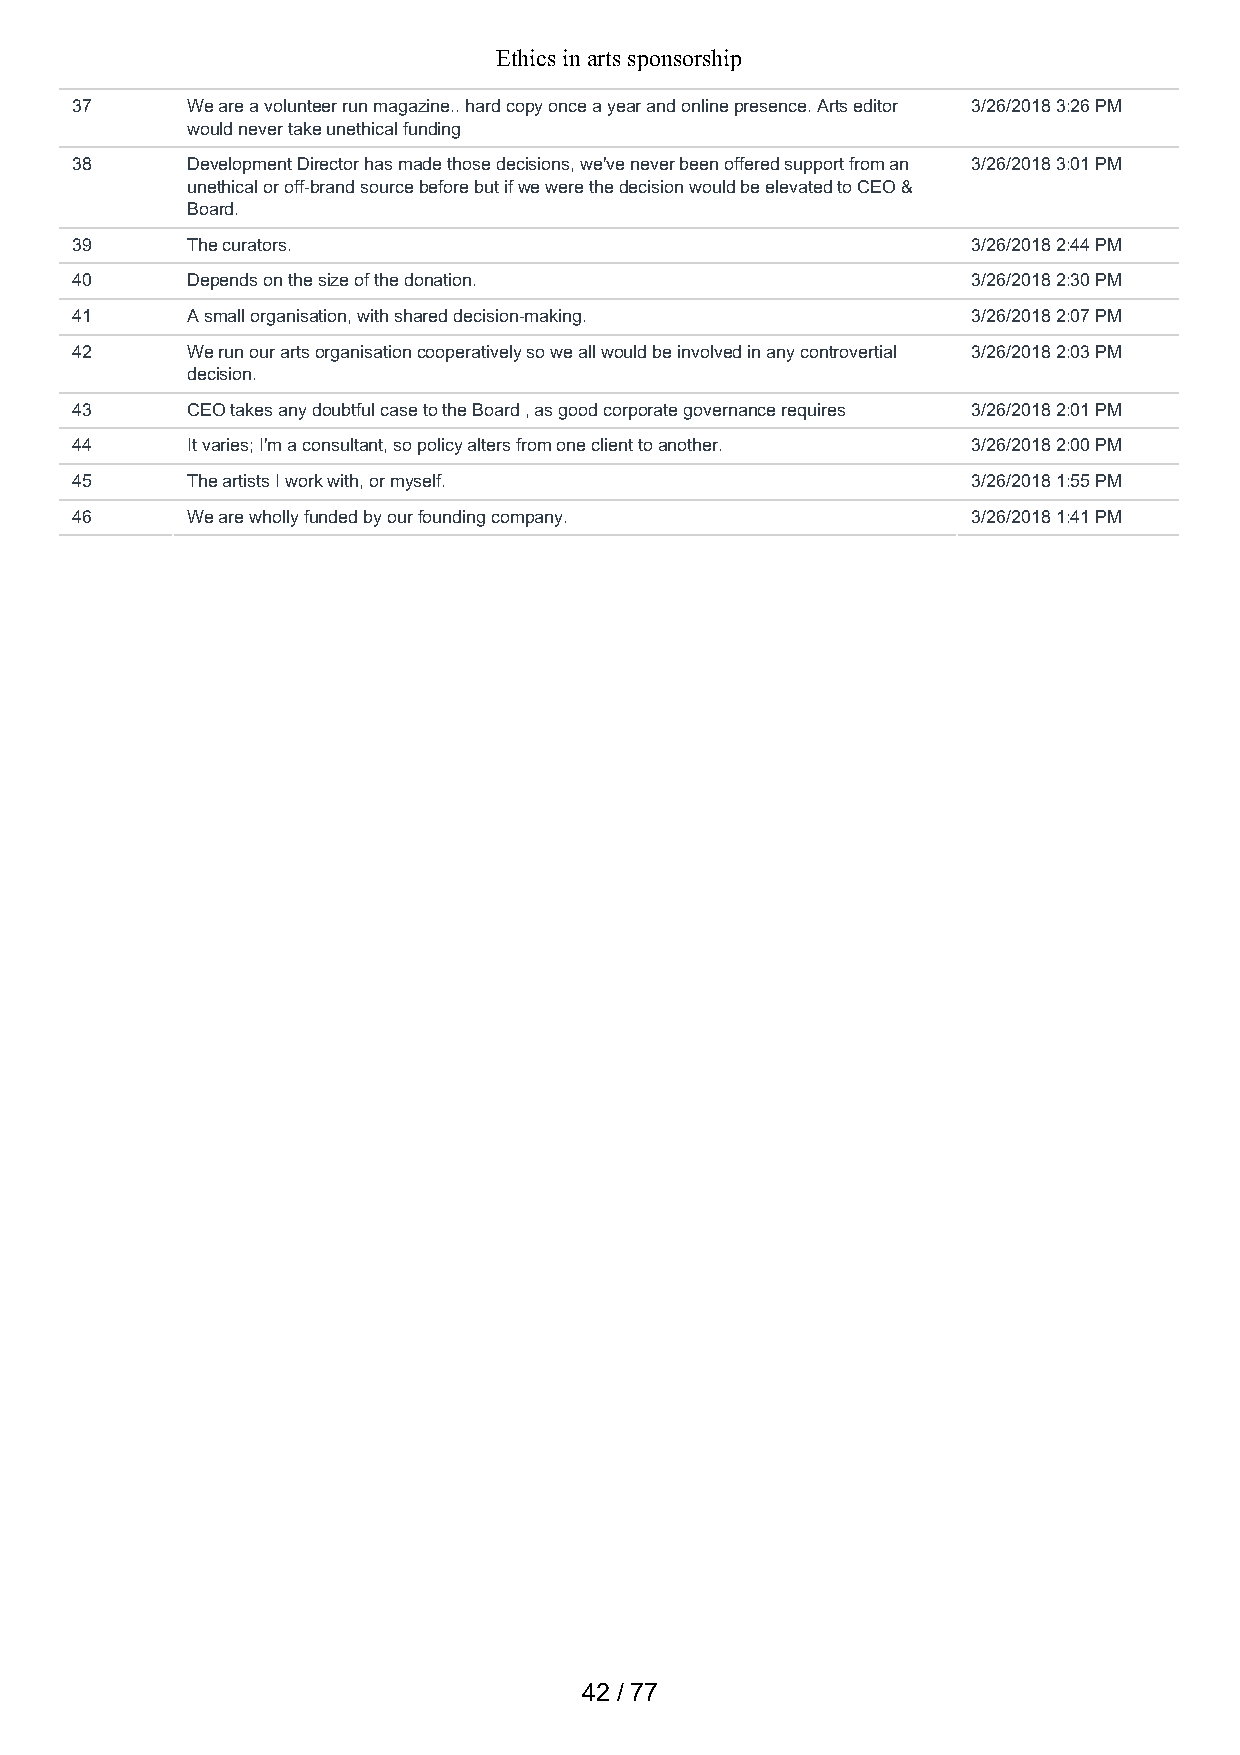
Ethics in arts sponsorship
 37     We are a volunteer run magazine.. hard copy once a year and online presence. Arts editor 3/26/2018 3:26 PM
 would never take unethical funding
 38     Development Director has made those decisions, we've never been offered support from an 3/26/2018 3:01 PM
 unethical or off-brand source before but if we were the decision would be elevated to CEO &
 Board.
 39     The curators.                                       3/26/2018 2:44 PM
 40     Depends on the size of the donation.                3/26/2018 2:30 PM
 41     A small organisation, with shared decision-making.  3/26/2018 2:07 PM
 42     We run our arts organisation cooperatively so we all would be involved in any controvertial 3/26/2018 2:03 PM
 decision.
 43     CEO takes any doubtful case to the Board , as good corporate governance requires 3/26/2018 2:01 PM
 44     It varies; I'm a consultant, so policy alters from one client to another. 3/26/2018 2:00 PM
 45     The artists I work with, or myself.                 3/26/2018 1:55 PM
 46     We are wholly funded by our founding company.       3/26/2018 1:41 PM
 42 / 77